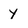
Character: y